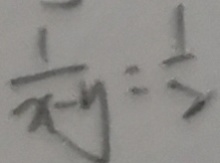
\frac { 1 } { x - y } = \frac { 1 } { 2 }